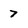
Character: 7